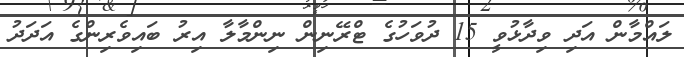
ލައްމާން އަދި ވިދާޅުވީ 15 ދުވަހުގެ ޓްރޭނިން ނިންމާލާ އިރު ބައިވެރިންގެ އަދަދު